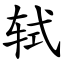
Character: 轼